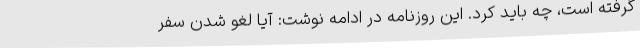
گرفته است، چه باید کرد. این روزنامه در ادامه نوشت: آیا لغو شدن سفر